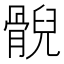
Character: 𩩢